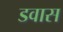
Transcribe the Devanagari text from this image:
डवास